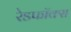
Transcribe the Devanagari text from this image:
रेडफॉक्स